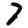
Digit: 7